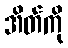
အိတ်ကို